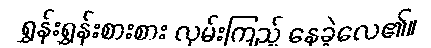
ရွှန်းရွှန်းစားစား လှမ်းကြည့် နေခဲ့လေ၏။